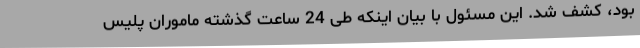
بود، کشف شد. این مسئول با بیان اینکه طی 24 ساعت گذشته ماموران پلیس